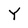
Character: Y